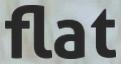
flat